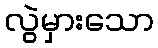
လွဲမှားသော